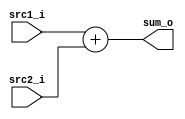
//Subject:     CO project 2 - Adder
//--------------------------------------------------------------------------------
//Version:     1
//--------------------------------------------------------------------------------
//Writer:       0516215 ???
//----------------------------------------------
//Date:        
//----------------------------------------------
//Description: 
//--------------------------------------------------------------------------------

module Adder(
    src1_i,
	src2_i,
	sum_o
	);
     
//I/O ports
input  [32-1:0]  src1_i;
input  [32-1:0]	 src2_i;
output [32-1:0]	 sum_o;

//Internal Signals
wire   [32-1:0] sum_o;
reg    [32-1:0] sum;
//Parameter
	
//Main function
always @(*)begin
	sum <= src1_i + src2_i;
end

assign sum_o = sum;

endmodule